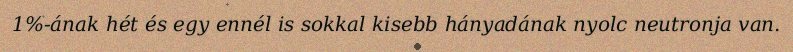
1%-ának hét és egy ennél is sokkal kisebb hányadának nyolc neutronja van.